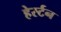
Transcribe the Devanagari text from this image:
हेर्स्टन